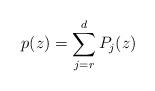
LaTeX: \begin{align*}p(z) = \sum_{j=r}^{d} P_j(z)\end{align*}